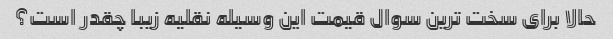
حالا برای سخت ترین سوال قیمت این وسیله نقلیه زیبا چقدر است؟